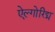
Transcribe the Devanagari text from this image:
ऐल्गोरिद्म